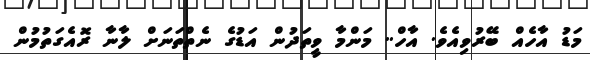
މަޑު އާހެއް ބޭރުވިއެވެ. އާހް.. މަންމާ ވީތަދުން އަޑުގެ ނެތްތަނަށް ލާނާ ރޮއެގަތުމުން